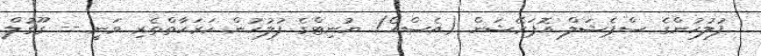
ފުލުހުންގެ ސްޕެޝަލް އޮޕަރޭޝަން (އެސްއޯ) ޔުނިޓްގެ ފުލުހުން ހަރަކާތްތެރި ވަނީ -- ގޫގުލް